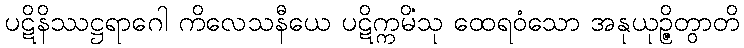
ပဋိနိဿဋ္ဌရာဂေါ ကိလေသနီယေ ပဋိက္ကမိံသု ထေရဝံသော အနုယုဉ္ဇိတွာတိ